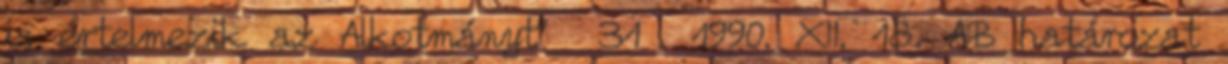
is értelmezik az Alkotmányt” 31 1990. XII. 18. AB határozat